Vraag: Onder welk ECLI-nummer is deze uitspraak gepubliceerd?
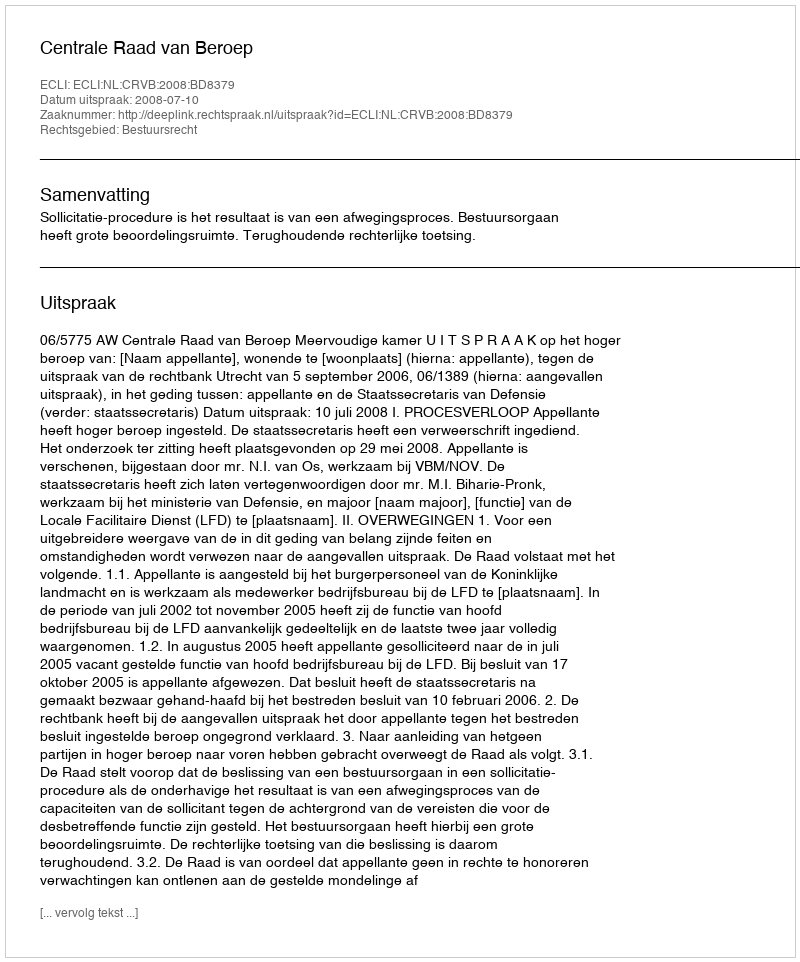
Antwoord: ECLI:NL:CRVB:2008:BD8379